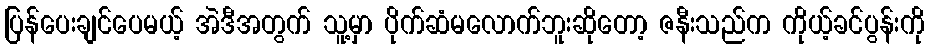
ပြန်ပေးချင်ပေမယ့် အဲဒီအတွက် သူ့မှာ ပိုက်ဆံမလောက်ဘူးဆိုတော့ ဇနီးသည်က ကိုယ့်ခင်ပွန်းကို